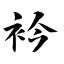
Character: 衿